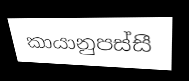
කායානුපස්සී